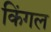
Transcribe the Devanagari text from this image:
किंगल